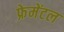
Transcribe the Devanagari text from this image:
फ्रेमेंटल